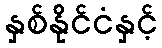
နှစ်နိုင်ငံနှင့်